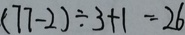
( 7 7 - 2 ) \div 3 + 1 = 2 6